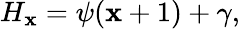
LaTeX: H_{\mathbf{x}}=\psi(\mathbf{x}+1)+\gamma,